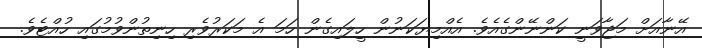
އޭނާއަށް މަޖާވަނީ ކަންނޭންގެއެވެ. އެއްމިޔަކަނުން ހީލައިގެން ހަމަ އެ މަކަރުވެރި ހިނިތުންވުމުގައި ހުއްޓެވެ.